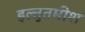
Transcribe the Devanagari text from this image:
इल्तुतमीश